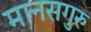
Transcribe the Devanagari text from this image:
मानसगुरु